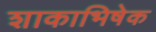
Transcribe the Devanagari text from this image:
शाकाभिषेक